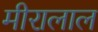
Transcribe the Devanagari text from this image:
मीरालाल